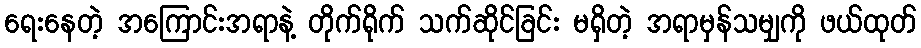
ရေးနေတဲ့ အကြောင်းအရာနဲ့ တိုက်ရိုက် သက်ဆိုင်ခြင်း မရှိတဲ့ အရာမှန်သမျှကို ဖယ်ထုတ်